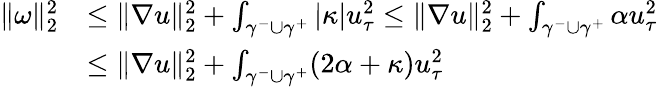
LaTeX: \begin{array}{rl}{\| \omega\| _{2}^{2}}&{\leq\| \nabla u\| _{2}^{2}+\int_{\gamma^{-}\cup\gamma^{+}}|\kappa|u_{\tau}^{2}\leq\| \nabla u\| _{2}^{2}+\int_{\gamma^{-}\cup\gamma^{+}}\alpha u_{\tau}^{2}}\\ &{\leq\| \nabla u\| _{2}^{2}+\int_{\gamma^{-}\cup\gamma^{+}}(2\alpha+\kappa)u_{\tau}^{2}}\end{array}